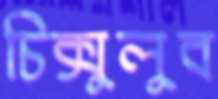
চিক্সুলুব